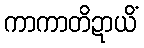
ကာကာတိဍာယိံ